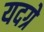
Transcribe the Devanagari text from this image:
यदग्रे